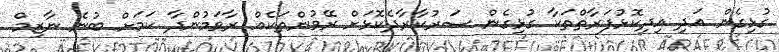
ގުޅިގެން އަދި އިދިކޮޅުފަރާތްތަކާ ގުޅިގެން ސަރުކާރާދެކޮޅަށް ރޭވުންތަކެއް ރާވަމުންދާ ކަމަށް ބުނެ ނާޒިމް